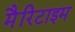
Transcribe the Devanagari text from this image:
मैरिटाइम